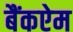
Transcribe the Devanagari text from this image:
बैंकऐम